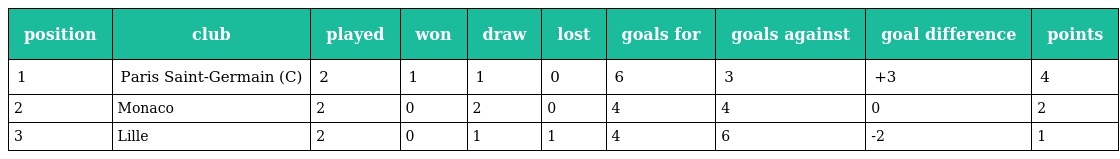
| position | club | played | won | draw | lost | goals for | goals against | goal difference | points |
 | --- | --- | --- | --- | --- | --- | --- | --- | --- | --- |
 | 1 | Paris Saint-Germain (C) | 2 | 1 | 1 | 0 | 6 | 3 | +3 | 4 |
 | 2 | Monaco | 2 | 0 | 2 | 0 | 4 | 4 | 0 | 2 |
 | 3 | Lille | 2 | 0 | 1 | 1 | 4 | 6 | -2 | 1 |